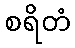
စရိတံ